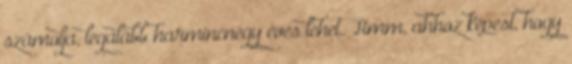
számolja, legalább harmincnégy éves lehet. Hmm, ahhoz képest, hogy